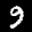
Label: 9